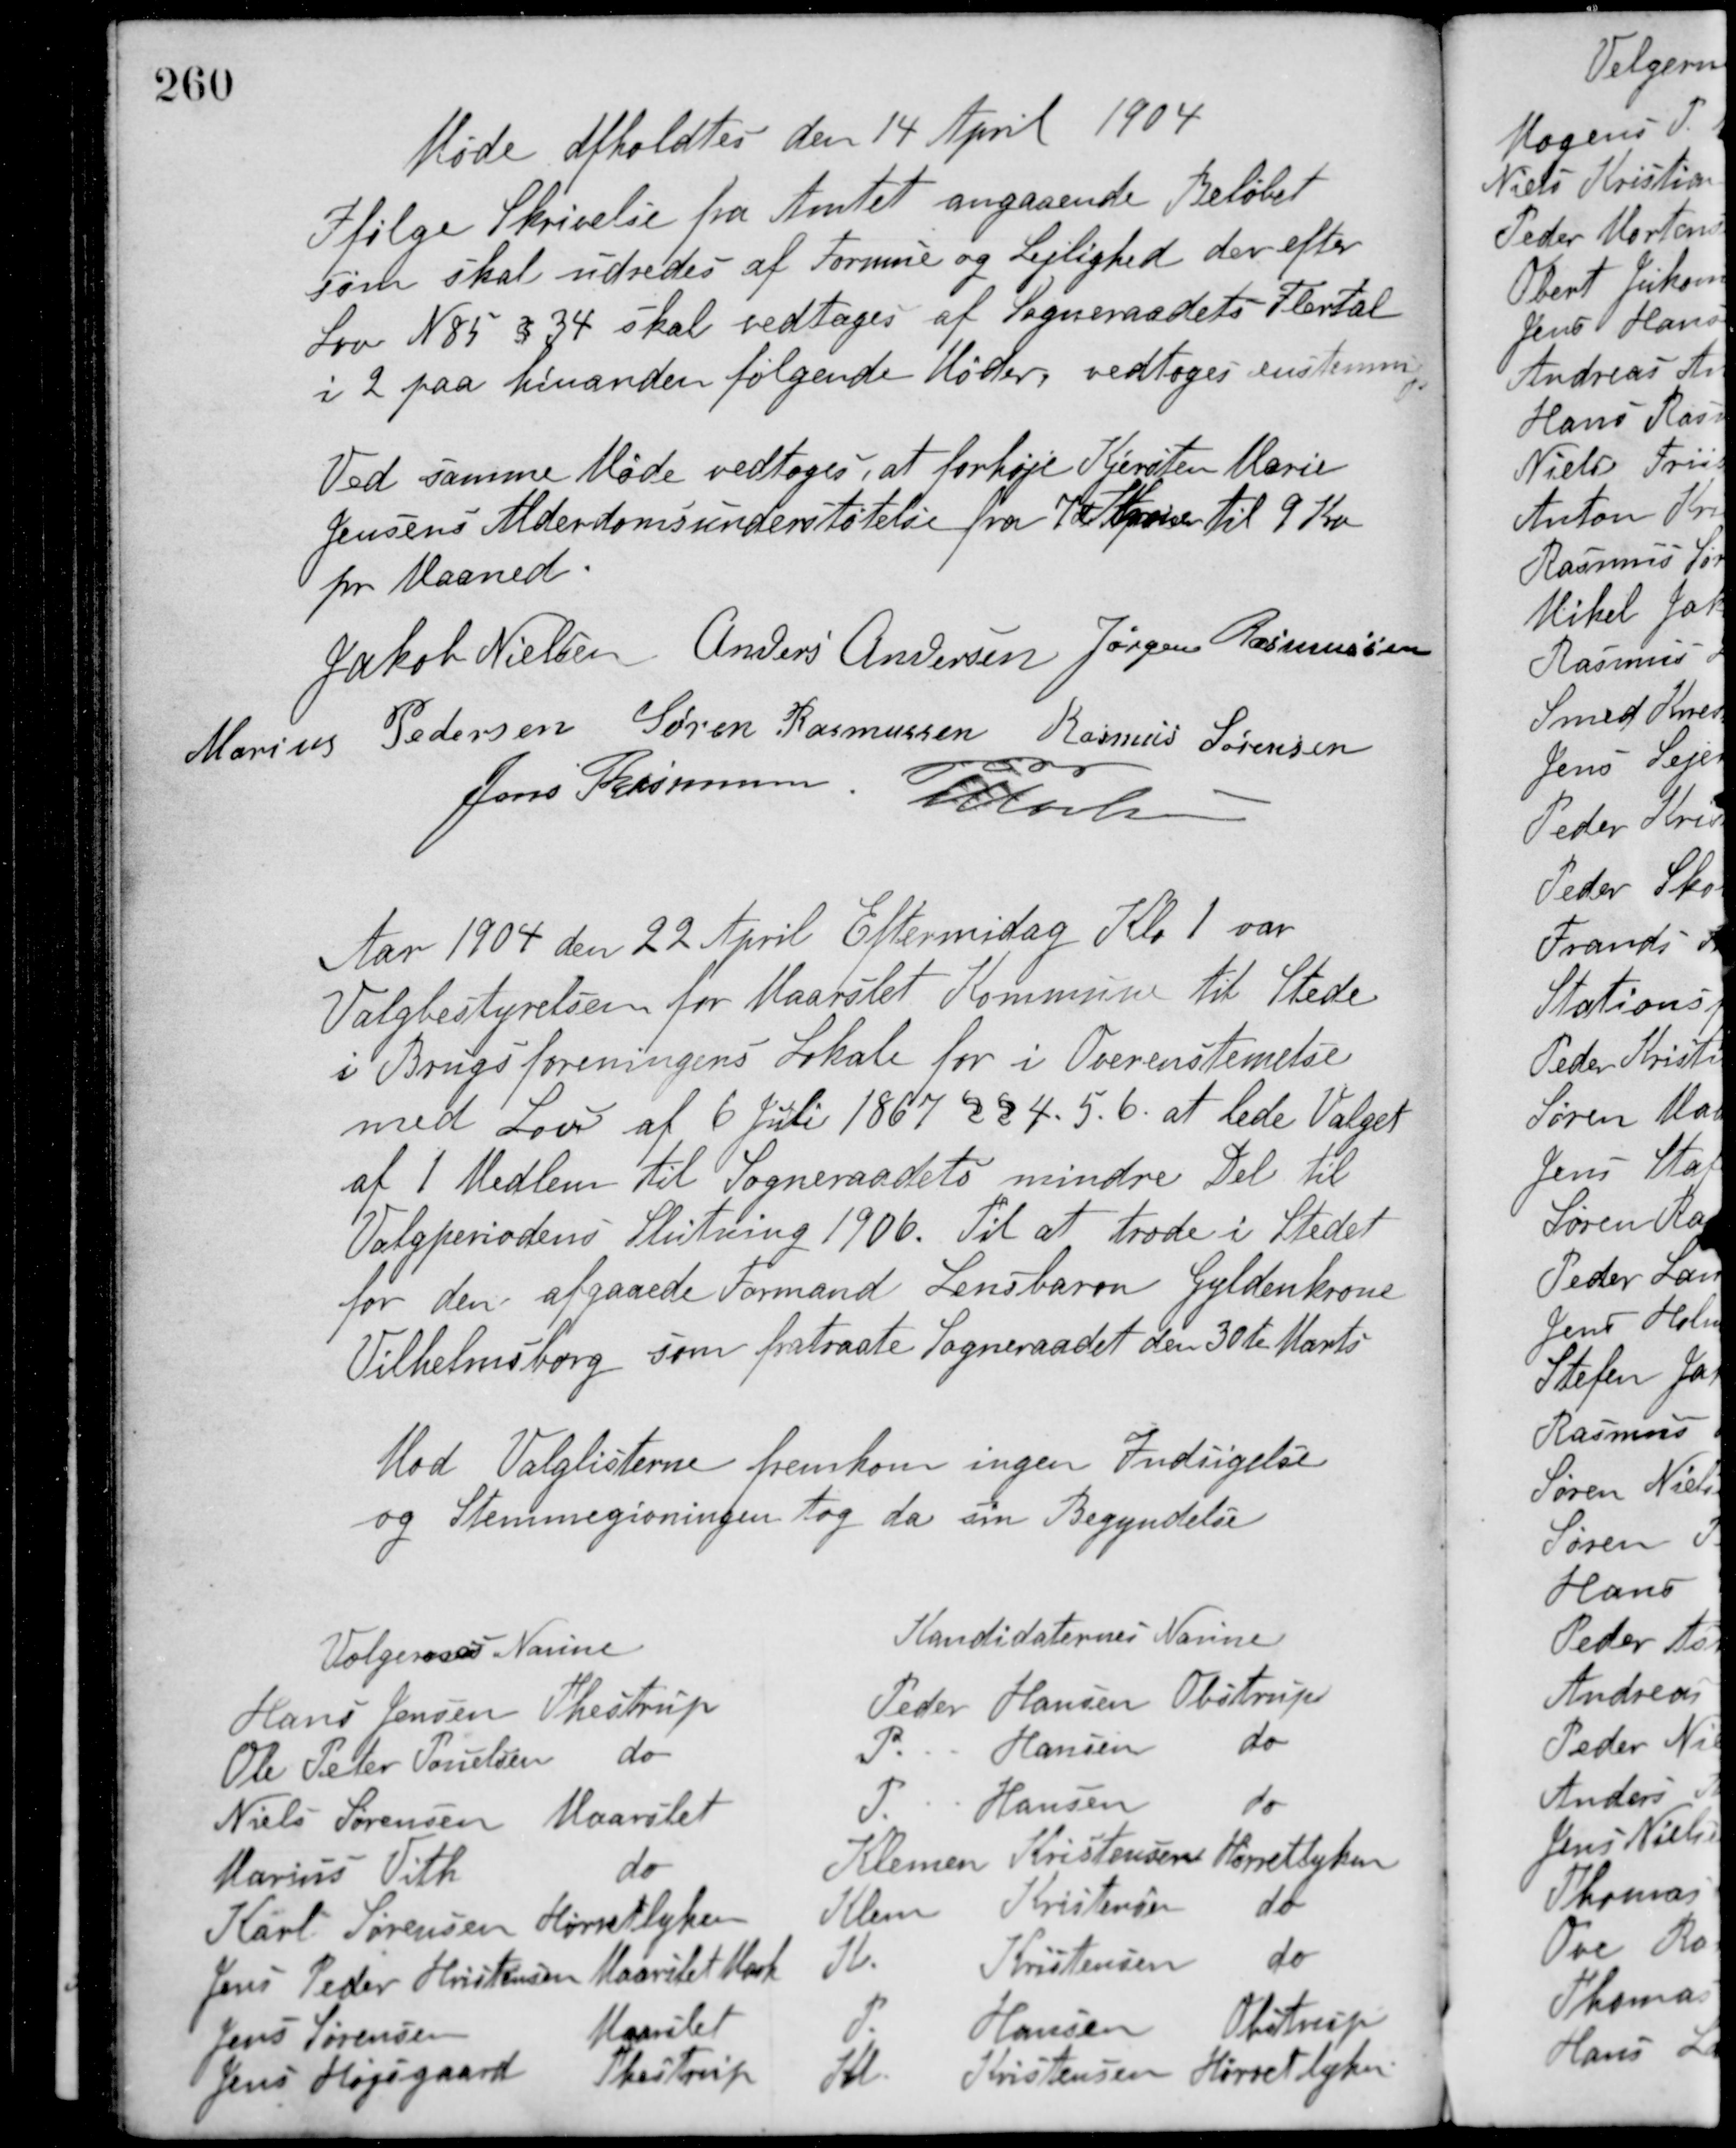
Transskription:
Møde afholdtes den 14 April 1904
Ifølge Skrivelse fra Amtet angaaende Beløbet
som skal udredes af Formue og Lejlighed der efter
Lov N 85 § 34 skal vedtages af Sogneraadets Flertal
i 2 paa hinanden følgende Møder, vedtoges enstemmigt.
Ved samme Møde vedtoges, at forhøje Kjersten Marie
Jensens Alderdomsunderstøtelse fra 7 Kroner til 9 Kr
pr Maaned.
Jakob Nielsen Anders Andersen Jørgen Rasmussen
Marius Pedersen Søren Rasmussen Rasmus Sørensen
Jens Rasmussen M. Povlsen
Aar 1904 den 22 April Eftermidag Kl. 1 var
Valgbestyrelsen for Maarslet Kommune til Stede
i Brugsforeningens Lokale for i Overenstemelse
med Lov af 6 Juli 1867 § § 4. 5. 6. at lede Valget
af 1 Medlem til Sogneraadets mindre Del til
Valgperiodens Slutning 1906. Til at træde i Stedet
for den afgaaede Formand Lensbaron Gyldenkrone
Vilhelmsborg som fratraate Sogneraadet den 30te Marts
Mod Valglisterne fremkom ingen Indsigelser
og Stemmegivningen tog da sin Begyndelse